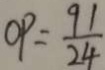
O P = \frac { 9 1 } { 2 4 }